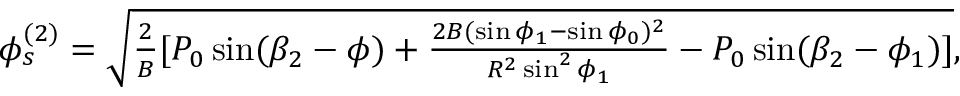
\begin{array} { r } { \phi _ { s } ^ { ( 2 ) } = \sqrt { \frac { 2 } { B } [ P _ { 0 } \sin ( \beta _ { 2 } - \phi ) + \frac { 2 B ( \sin \phi _ { 1 } - \sin \phi _ { 0 } ) ^ { 2 } } { R ^ { 2 } \sin ^ { 2 } \phi _ { 1 } } - P _ { 0 } \sin ( \beta _ { 2 } - \phi _ { 1 } ) ] } , } \end{array}